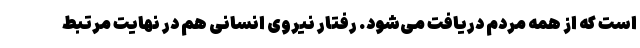
است که از همه مردم دریافت می‌شود. رفتار نیروی انسانی هم در نهایت مرتبط